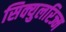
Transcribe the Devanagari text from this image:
सिक्युलरिज्म